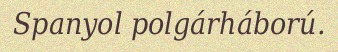
Spanyol polgárháború.